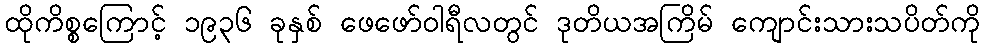
ထိုကိစ္စကြောင့် ၁၉၃၆ ခုနှစ် ဖေဖော်ဝါရီလတွင် ဒုတိယအကြိမ် ကျောင်းသားသပိတ်ကို